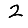
Digit: 2